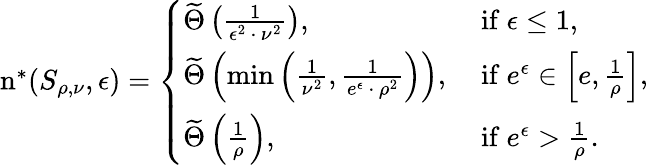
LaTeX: \begin{array}{r}{\mathrm{n}^{*}(S_{\rho,\nu},\epsilon)=\left\{ \begin{array}{ll}{\widetilde\Theta\left(\frac{1}{\epsilon^{2}\, \cdot\, \nu^{2}}\right),}&{\mathrm{~if~}\epsilon\leq 1,}\\ {\widetilde\Theta\left(\operatorname*{min}\left(\frac{1}{\nu^{2}},\frac{1}{e^{\epsilon}\, \cdot\, \rho^{2}}\right)\right),}&{\mathrm{~if~}e^{\epsilon}\in\left[e,\frac{1}{\rho}\right],}\\ {\widetilde\Theta\left(\frac{1}{\rho}\right),}&{\mathrm{~if~}e^{\epsilon}>\frac{1}{\rho}.}\end{array}\right.}\end{array}